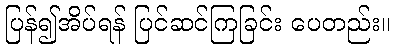
ပြန်၍အိပ်ရန် ပြင်ဆင်ကြခြင်း ပေတည်း။